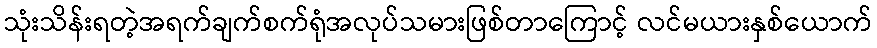
သုံးသိန်းရတဲ့အရက်ချက်စက်ရုံအလုပ်သမားဖြစ်တာကြောင့် လင်မယားနှစ်ယောက်